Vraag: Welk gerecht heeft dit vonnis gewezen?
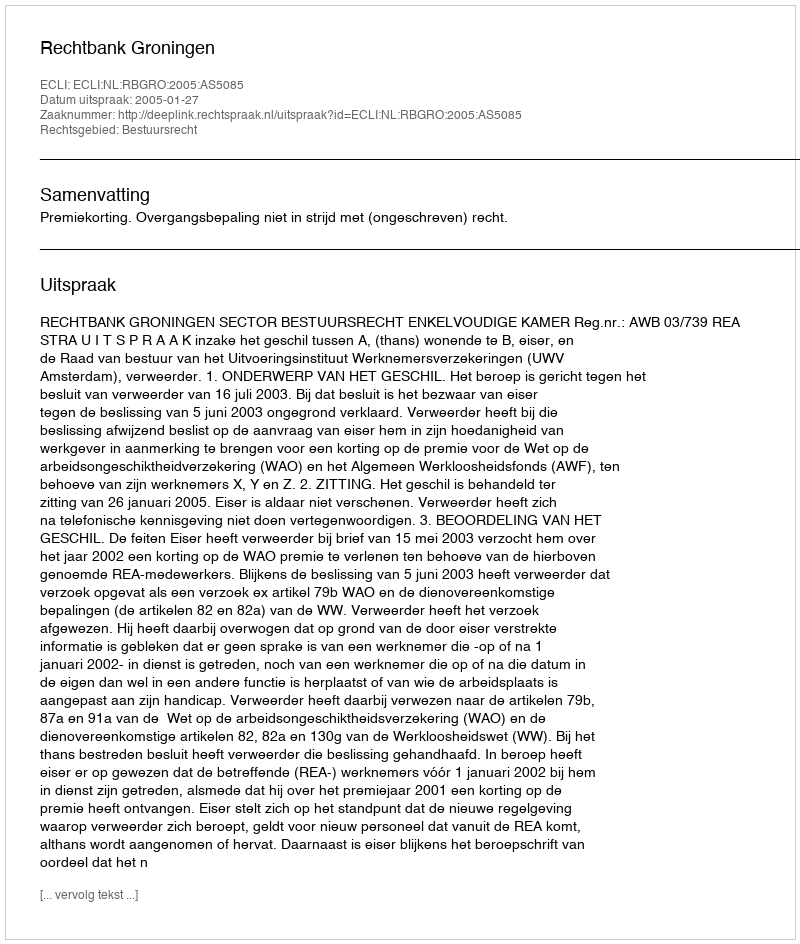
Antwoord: Rechtbank Groningen